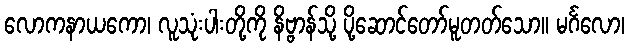
လောကနာယကော၊ လူသုံးပါးတို့ကို နိဗ္ဗာန်သို့ ပို့ဆောင်တော်မူတတ်သော။ မင်္ဂလော၊